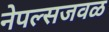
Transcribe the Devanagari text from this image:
नेपल्सजवळ